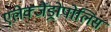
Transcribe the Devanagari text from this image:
एलेक्जैंड्रोपोलिस